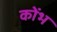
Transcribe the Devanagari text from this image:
कोंभ